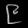
Digit: ၉